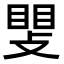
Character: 𫿊